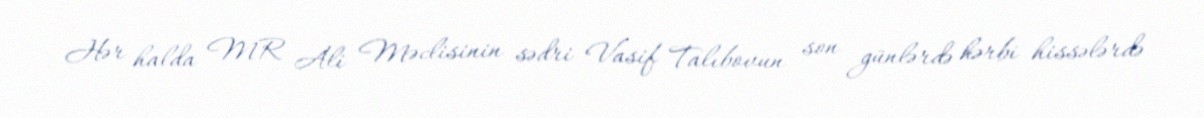
Hər halda MR Ali Məclisinin sədri Vasif Talıbovun son günlərdə hərbi hissələrdə